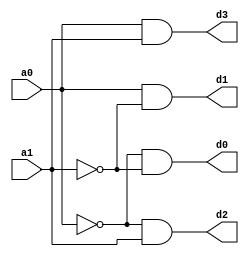
`timescale 1ns / 1ns
//////////////////////////////////////////////////////////////////////////////////
// Company: 
// Engineer: 
// 
// Design Name: 
// Module Name: 2x4decoder
// Project Name: 
// Target Devices: 
// Tool Versions: 
// Description: 
// 
// Dependencies: 
// 
// Revision:
// Revision 0.01 - File Created
// Additional Comments:
// 
//////////////////////////////////////////////////////////////////////////////////


module decoder_2_to_4(
    input a0,
    input a1,
    output d0,
    output d1,
    output d2,
    output d3
    );
               not(an0,a0),(an1,a1);
               and(d0,an0,an1),(d1,a0,an1),(d2,an0,a1),(d3,a0,a1);
endmodule


//Testbench code for 2-4 Decoder Structural/Gate Level Modelling